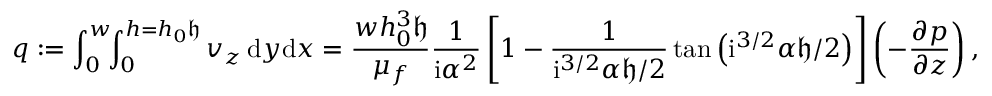
q : = \int _ { 0 } ^ { w } \! \! \int _ { 0 } ^ { h = h _ { 0 } \mathfrak { h } } v _ { z } \, \mathrm { d } y \mathrm { d } x = \frac { w h _ { 0 } ^ { 3 } \mathfrak { h } } { \mu _ { f } } \frac { 1 } { \mathrm { i } \alpha ^ { 2 } } \left[ 1 - \frac { 1 } { \mathrm { i } ^ { 3 / 2 } { \alpha } \mathfrak { h } / 2 } \tan \left( \mathrm { i } ^ { 3 / 2 } { \alpha } \mathfrak { h } / 2 \right) \right] \left( - \frac { \partial p } { \partial z } \right) ,